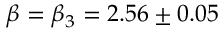
\beta = \beta _ { 3 } = 2 . 5 6 \pm 0 . 0 5